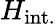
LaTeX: H_{\mathrm{int.}}